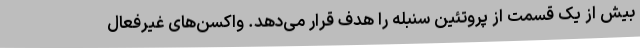
بیش از یک قسمت از پروتئین سنبله را هدف قرار می‌دهد. واکسن‌های غیرفعال